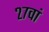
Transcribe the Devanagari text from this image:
२७वां